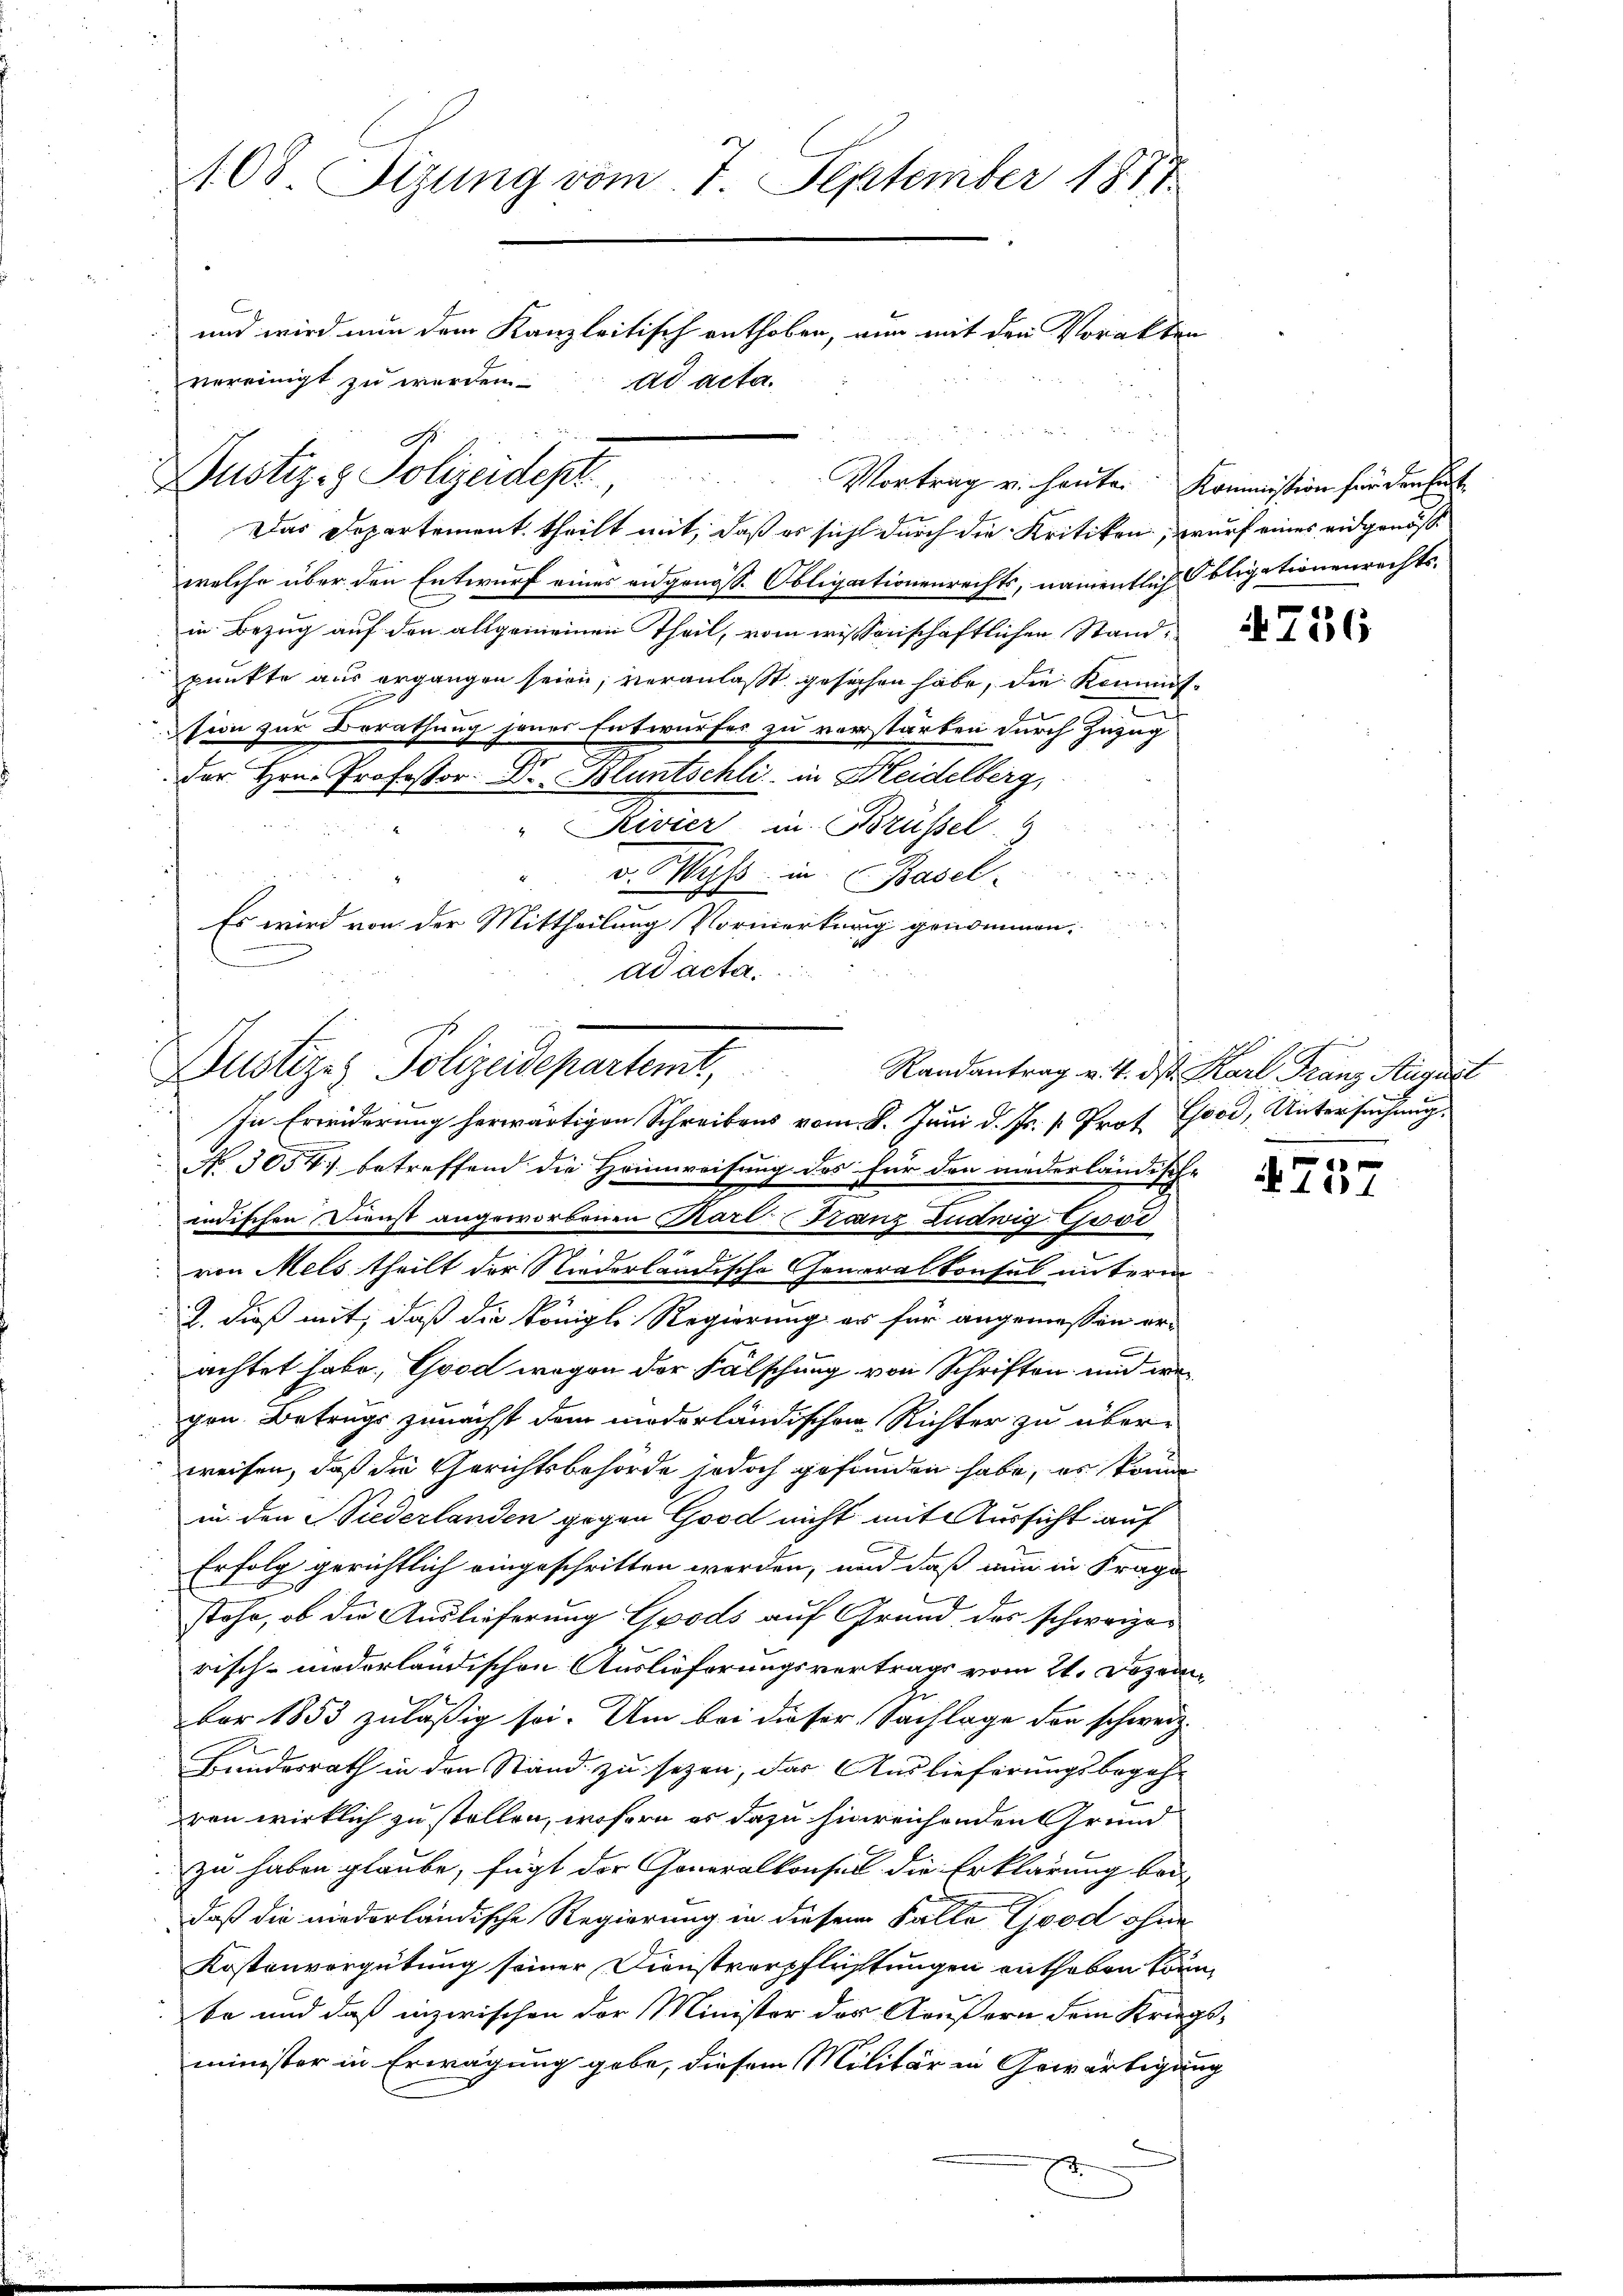
408. Sitzung vom 7. September 1817.
und wird nun dem Kanzleitisch enthoben, nun mit den Vorakten
vereinigt zŭ werden. ad acta.
.

Justiz- & Polizeidept, Vortrag u. heuten. Kommission finden seit
Das Departement theilt mit, daß es sicht durch die Kritiken, wurf eines eidgenös¬

welche über den Entwurf eines eidgenoss. Obligationenrechts, namentlich bligationenrechtsin Bezug auf den allgemeinen Theil, vom wissenschaftlichen Standpunkte aus ergangen seien, veranlaßt gesuchen habe, die Kommis¬
E
sion zur Berathung jener Entwurfes zu verstärben durch Zuzug
der Hrn. Professor Dr. Bluntschli in Heidelberg,
" Rivier in Brüssel. 4
v. Wyss in Basel
m
Es wird von der Mittheilung Vormerkung genommen.
ad acta.

Dustizes Polizeidepartemt, Randantrag v. 4. ds. Karl Franz August

In Erwiderung herwärtigen Schreibens vom 8. Juni d. Js. k. Prot. Good, Untersuchung.
No. 3054. betreffend die Heimweisung des für den niederländische
indischen Dienst angeworbenen Karl Franz Ludwig Gisi
von Mels theilt der Niederländische Generalkonsul unterm
2. dieß mit, daß die Königl. Regierung er für angemessen er-
achtet habe, Good wegen der Fälschung von Schriften und wa
gen Betrugs zunächst dem moderländischen Richter zu über-
weisen, daß die Gerichtsbehörde jedoch gefunden habe, es kann
in den Siederlanden gegen Good nicht mit Aussicht auf
Erfolg gerichtlich eingeschritten werden, und daß nun in Frage
stehe, ob die Auslieferung Goods auf Grund des schweizerisch- niederländischen Auslieferungsvertrags vom 21. Dezember 1853 zuläßig sei. Um bei dieser Sachlage den schweiz.
Bundesrath in den Stand zu sezen, das Auslieferungsbegeh-
ren wirklich zu stellen, wofern es dazu hinreichenden Grund
zu haben glaube, fügt der Generalkonsul die Erklärung bei
daß die niederländische Regierung in diesem Falle Grod ohne
Kostenvergütung seiner Dienstverpflichtungen enthoben könn,
be und daß inzwischen der Minister der Aeußern dem Kriegsminister in Erwägung gebe, diesem Militär in Gewärtigung

756

.

4757